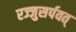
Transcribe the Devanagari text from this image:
रज्जुसर्पवत्‌